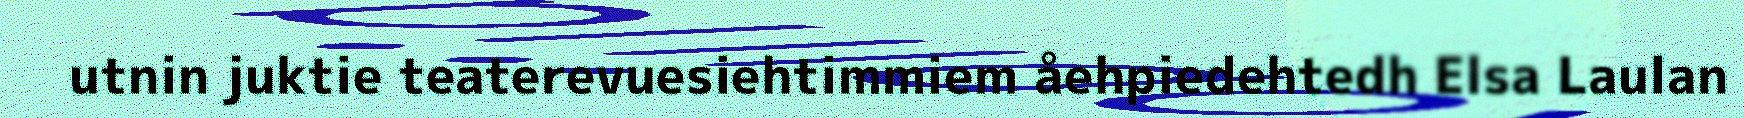
utnin juktie teaterevuesiehtimmiem åehpiedehtedh Elsa Laulan